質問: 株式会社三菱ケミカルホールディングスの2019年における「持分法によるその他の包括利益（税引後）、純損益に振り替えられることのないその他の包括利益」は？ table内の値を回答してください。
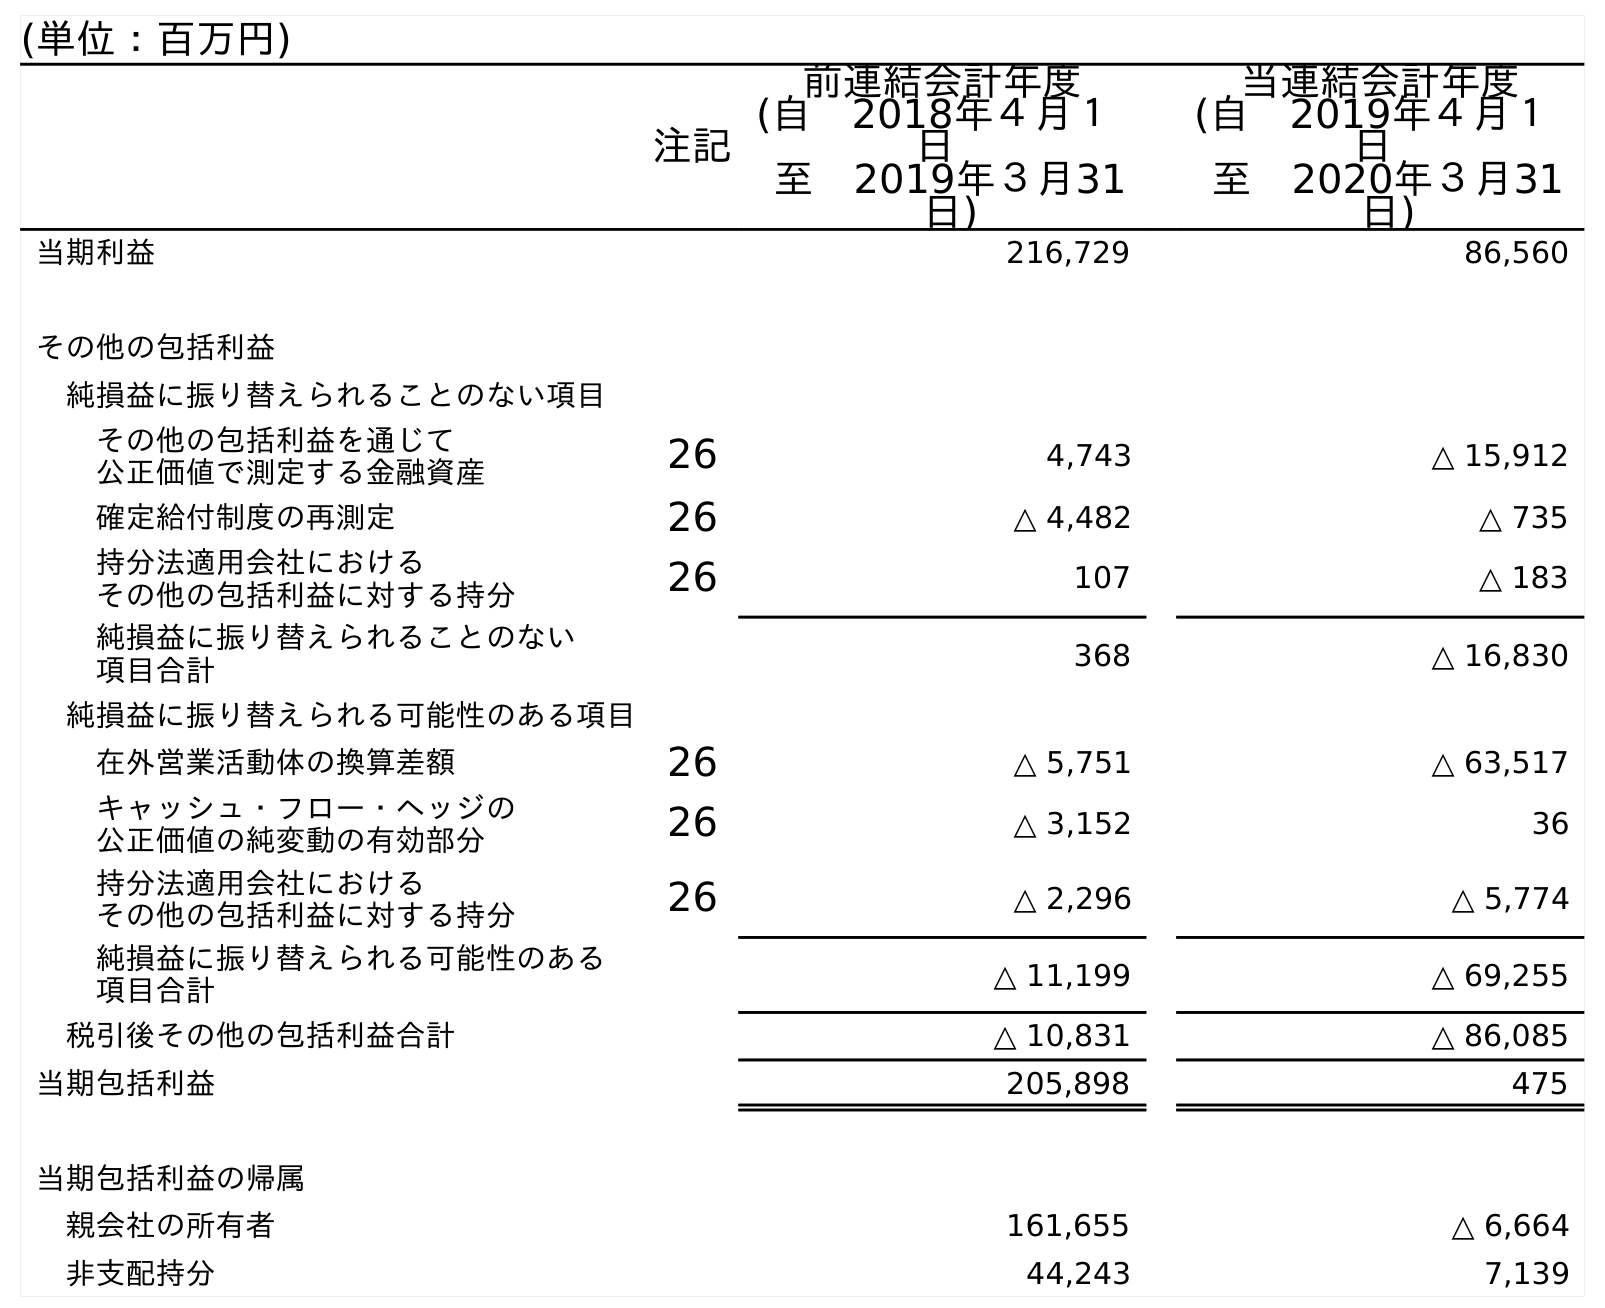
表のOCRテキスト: (単位：百万円) 注記 前連結会計年度 (自 2018年４月１ 日 至 2019年３月31 日) 当連結会計年度 (自 2019年４月１ 日 至 2020年３月31 日) 当期利益 216,729 86,560 その他の包括利益 純損益に振り替えられることのない項目 その他の包括利益を通じて 公正価値で測定する金融資産 26 4,743 △ 15,912 確定給付制度の再測定 26 △ 4,482 △ 735 持分法適用会社における その他の包括利益に対する持分 26 107 △ 183 純損益に振り替えられることのない 項目合計 368 △ 16,830 純損益に振り替えられる可能性のある項目 在外営業活動体の換算差額 26 △ 5,751 △ 63,517 キャッシュ・フロー・ヘッジの 公正価値の純変動の有効部分 26 △ 3,152 36 持分法適用会社における その他の包括利益に対する持分 26 △ 2,296 △ 5,774 純損益に振り替えられる可能性のある 項目合計 △ 11,199 △ 69,255 税引後その他の包括利益合計 △ 10,831 △ 86,085 当期包括利益 205,898 475 当期包括利益の帰属 親会社の所有者 161,655 △ 6,664 非支配持分 44,243 7,139
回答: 107